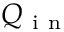
Q _ { \mathrm { ~ i ~ n ~ } }